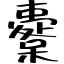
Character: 櫜